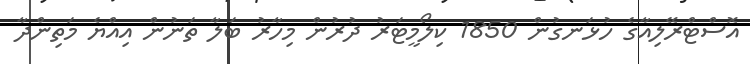
އޮސްޓްރޭލިއާގެ ހުޅަނގުން 1850 ކިލޯމީޓަރު ދުރުން މިހާރު ބަލާ ތަނުން އިއްޔެ މަތިންދާ